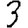
Digit: 3